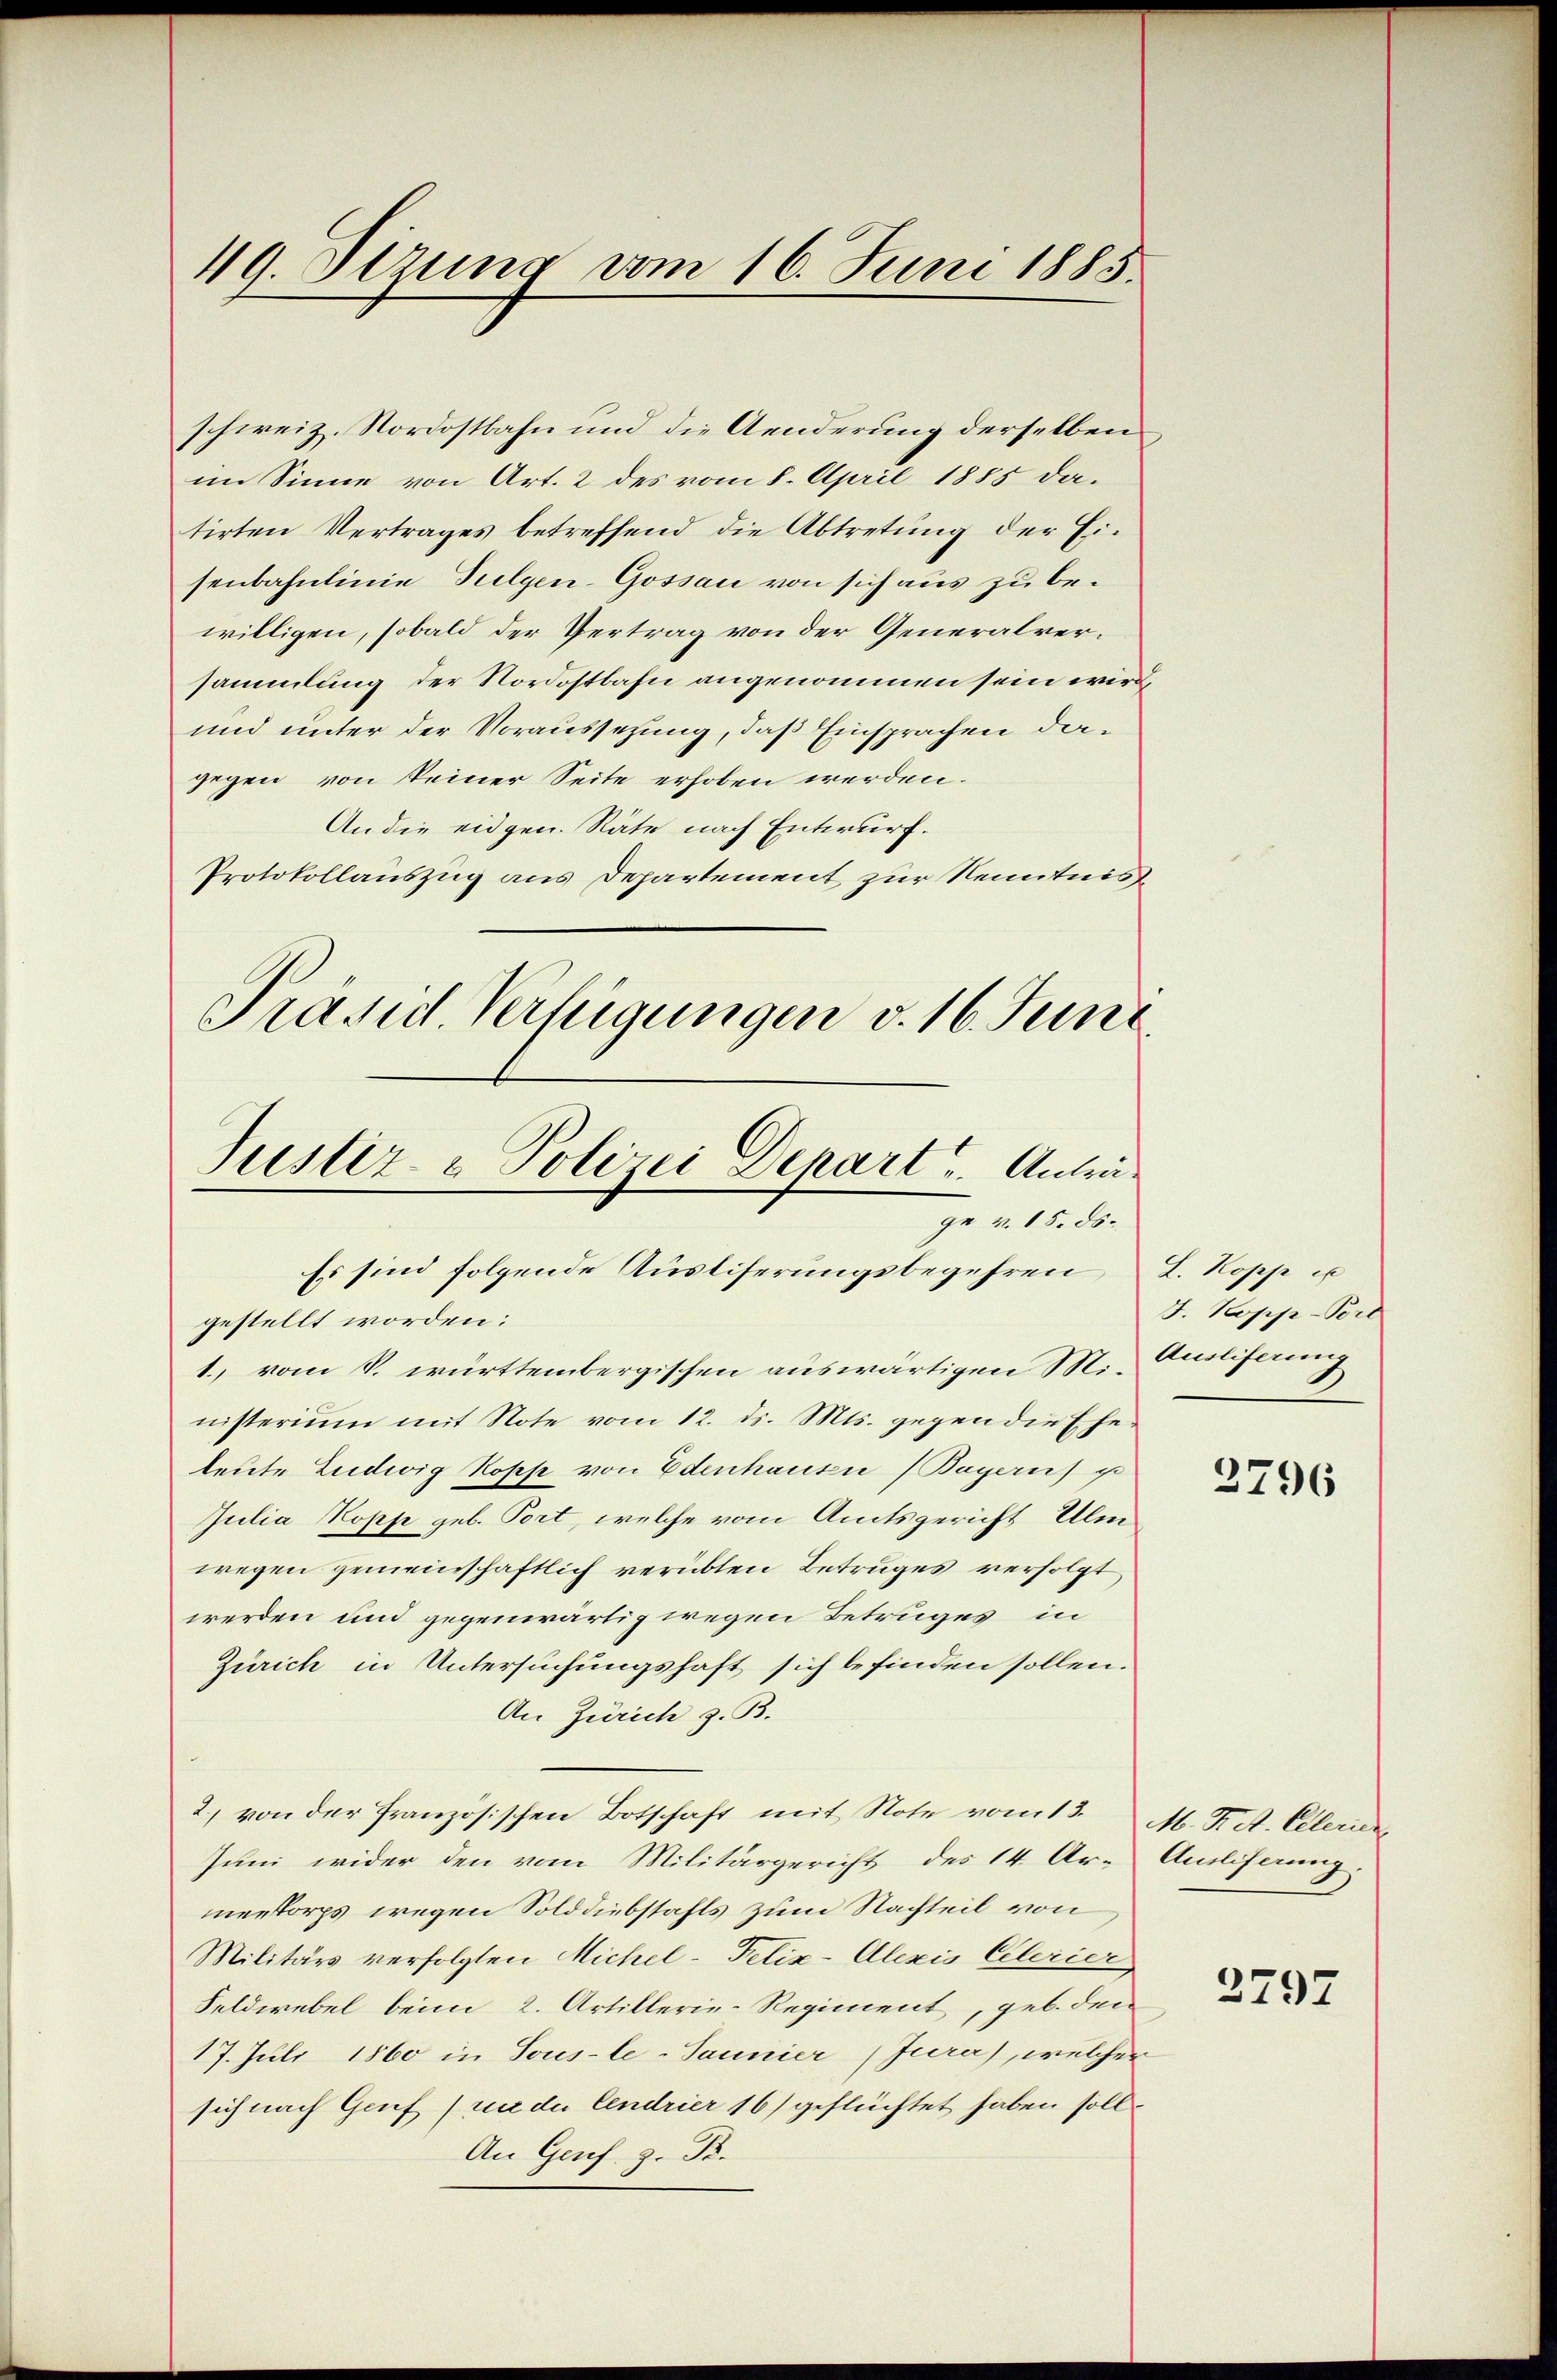
49. Stzung vom 16. Juni 1885.

schweiz. Nordostbahn und die Aenderung derselben
im Sinne von Art. 2 des vom 8. April 1885 datirten Vertrages betreffend die Abtretŭng der Ei-
senbahnlinie Sulgen-Gossau von sich aus zu bewilligen, sobald der Vertrag von der Generalversammlung der Nordostbahn angenommen sein wird,
und unter der Voraussezung, daß Einsprachen dagegen von keiner Seite erhoben werden.
An die eidgen. Räte nach Entwurf.
Protokollauszug aus Departement zur Kenntnis
Präsid. Verfügungen v. 16. Juni.

Justiz- & Polizei Depart u. Anträge v. 15. ds.
Es sind folgende Ausliserungsbegehren,

gestellt worden:
1. vom S. württembergischen auswärtigen Mi- Ausliferung
nisterium mit Note vom 12. ds. Mts. gegen die Ehe
leute Ludwig Kopp von Edenhausen (Bayern) p
Julia Kopp geb. Port, welche vom Amtsgericht Ulenwegen gemeinschaftlich verübten Betruges verfolgt
werden und gegenwärtig wegen Betruges in
Zürich in Untersuchungshaft sich befinden sollen.
An Zürich z. B.
2) von der Französischen Botschaft mit Note vom 13. M. R. d. Clerier
Juni wider den vom Militärgericht des 14. Ar-
menkorps wegen Solddiebstahls zum Nachteil von
Militärs verfolgten Michel-Felix-Alexis Clerier
Feldwebel beim 2. Artillerie-Regiment, geb. den
17. Juli 1860 in Sous-le-Jaunier (Jura), welcher
sich nach Genf (in die Cendrier 16) geflüchtet haben soll¬
An Genf. z. B.

L. Kopp es
F. Kopp-Port

2796

Amliferung.

2797